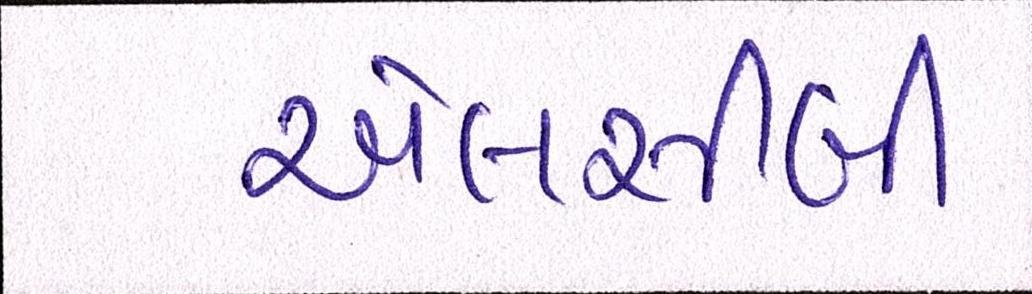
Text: એલસીબી